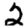
Digit: 2